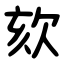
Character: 欬